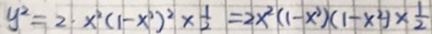
y ^ { 2 } = 2 x ^ { 2 } ( 1 - x ^ { 2 } ) ^ { 2 } \times \frac { 1 } { 2 } = 2 x ^ { 2 } ( 1 - x ^ { 2 } ) ( 1 - x ^ { 2 } ) \times \frac { 1 } { 2 }